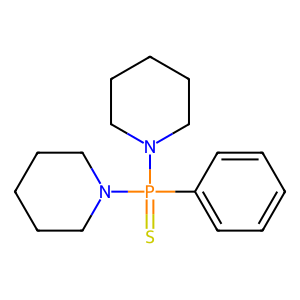
SMILES: S=P(c1ccccc1)(N1CCCCC1)N1CCCCC1
Inhibits HIV replication: No